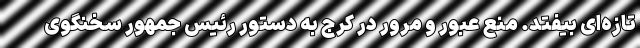
تازه‌ای بیفتد. منع عبور و مرور در کرج به دستور رئیس جمهور سخنگوی